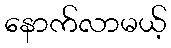
နောက်လာမယ့်